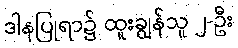
ဒါနပြုရာ၌ ထူးချွန်သူ ၂-ဦး